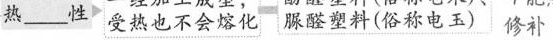
热\underline性 受热也不会熔化 脲醛塑料(俗称电玉) 修补